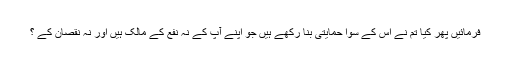
فرمائیں پھر کیا تم نے اس کے سوا حمایتی بنا رکھے ہیں جو اپنے آپ کے نہ نفع کے مالک ہیں اور نہ نقصان کے ؟